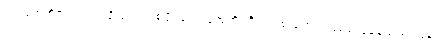
ပြင်သစ်တို့၏ ရက်ထရို ဗိုင်းရပ်စ်ပိုးသည် အေအိုင်ဒီအက်စ် ရောဂါ ဖြစ်စ ပြုနေသည့် လူနာ